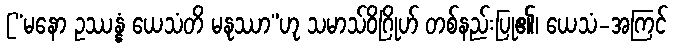
[“မနော ဥဿန္နံ ယေသံတိ မနုဿာ”ဟု သမာသ်ဝိဂြိုဟ် တစ်နည်းပြု၏၊ ယေသံ-အကြင်